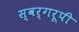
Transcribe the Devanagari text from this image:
स्वर्गरूपी